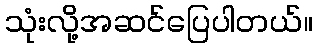
သုံးလို့အဆင်ပြေပါတယ်။